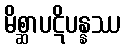
မိစ္ဆာပဋိပန္နဿ